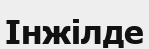
Інжілде